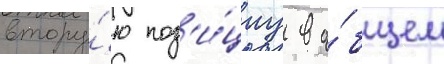
втору́ю поз'и́циу в о́бщем